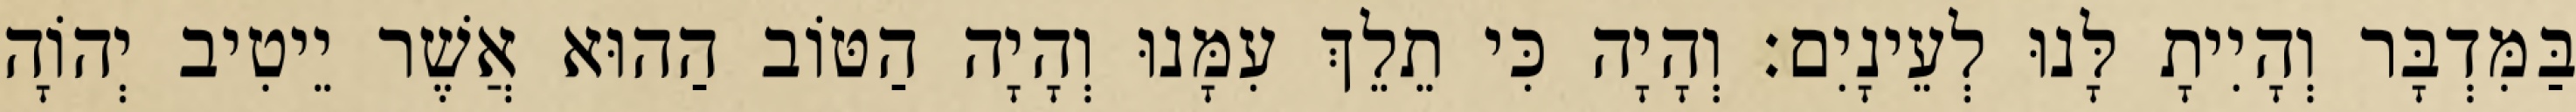
בַּמִּדְבָּר וְהָיִיתָ לָּנוּ לְעֵינָיִם׃ וְהָיָה כִּי תֵלֵךְ עִמָּנוּ וְהָיָה הַטּוֹב הַהוּא אֲשֶׁר יֵיטִיב יְהוָֹה